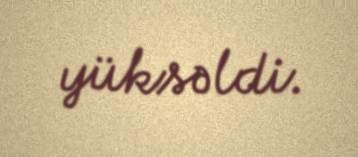
yüksəldi.